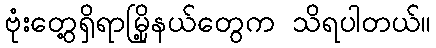
ဗုံးတွေ့ရှိရာမြို့နယ်တွေက သိရပါတယ်။